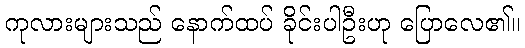
ကုလားများသည် နောက်ထပ် ခိုင်းပါဦးဟု ပြောလေ၏။